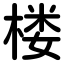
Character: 楼